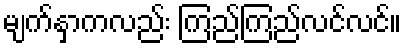
မျက်နှာကလည်း ကြည်ကြည်လင်လင်။